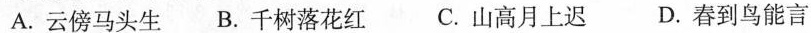
A.云傍马头生 B.千树落花红 C.山高月上迟 D.春到鸟能言